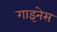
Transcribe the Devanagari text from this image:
गाइनेस